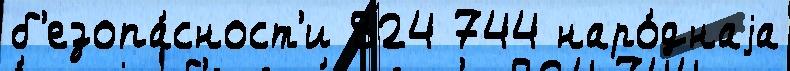
б'езопа́сност'и 824 744 наро́днаjа